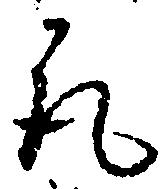
取